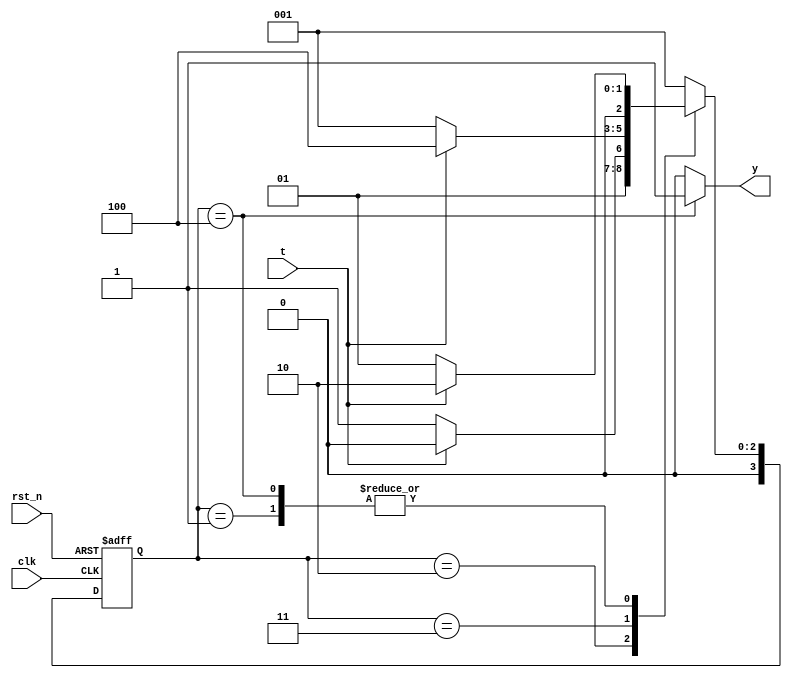
module seq_detector_1010(input clk, rst_n, t, output y);
  parameter A = 4'h1;
  parameter B = 4'h2;
  parameter C = 4'h3;
  parameter D = 4'h4;
  reg [3:0] state, next_state;
  always @(posedge clk or negedge rst_n) begin
    if(!rst_n) begin 
      state <= A;
    end
    else state <= next_state;
  end
  always @(state or t) begin
    case(state)
      A: begin
           if(t == 0) next_state = A;
           else       next_state = B;
         end
      B: begin
           if(t == 0) next_state = C;
           else       next_state = B;
         end
      C: begin
           if(t == 0) next_state = A;
           else       next_state = D;
         end
      D: begin
        if(t == 0) next_state = A; //This state only differs when compared with Mealy Overlaping Machine
           else       next_state = B;
         end
      default: next_state = A;
    endcase
  end
  assign y = (state == D)? 1:0;
endmodule